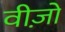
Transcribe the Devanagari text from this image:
वीज़ो